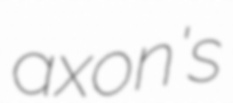
axon's